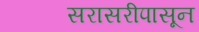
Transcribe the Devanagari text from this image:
सरासरीपासून